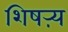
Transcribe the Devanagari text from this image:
शिषऱ्य